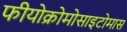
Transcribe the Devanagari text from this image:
फीयोक्रोमोसाइटोमास